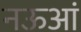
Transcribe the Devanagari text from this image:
नऊआं